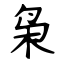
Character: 枭